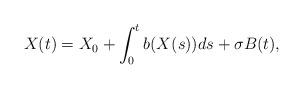
LaTeX: \begin{align*}X(t) =X_0 +\int_{0}^{t}b(X(s))ds +\sigma B(t),\end{align*}